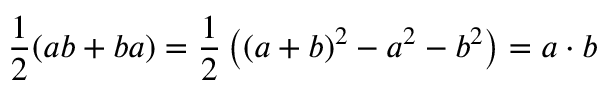
{ \frac { 1 } { 2 } } ( a b + b a ) = { \frac { 1 } { 2 } } \left( ( a + b ) ^ { 2 } - a ^ { 2 } - b ^ { 2 } \right) = a \cdot b